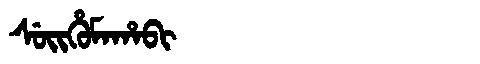
Manchu: ᠰᡠᡳᡥᡠᠮᠠᡥᠠᠪᡳ
Romanization: SUIHUMAHABI